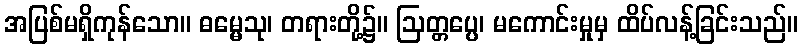
အပြစ်မရှိကုန်သော။ ဓမ္မေသု၊ တရားတို့၌။ ဩတ္တပ္ပေ၊ မကောင်းမှုမှ ထိပ်လန့်ခြင်းသည်။